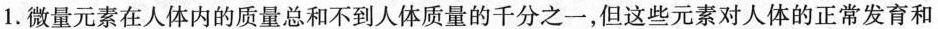
1.微量元素在人体内的质量总和不到人体质量的千分之一，但这些元素对人体的正常发育和